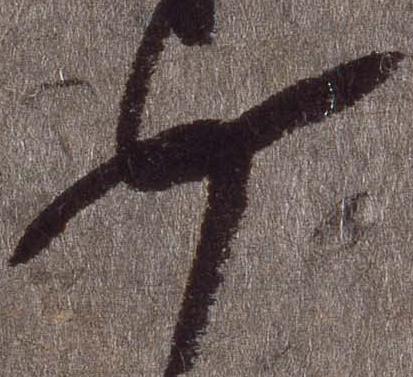
如